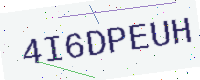
Text: 4I6DPEUH